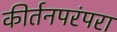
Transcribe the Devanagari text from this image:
कीर्तनपरंपरा